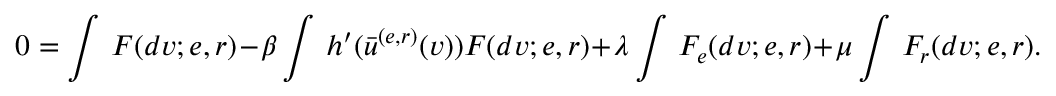
0 = \int \, F ( d v ; e , r ) - \beta \int \, h ^ { \prime } ( \bar { u } ^ { ( e , r ) } ( v ) ) F ( d v ; e , r ) + \lambda \int \, F _ { e } ( d v ; e , r ) + \mu \int \, F _ { r } ( d v ; e , r ) .